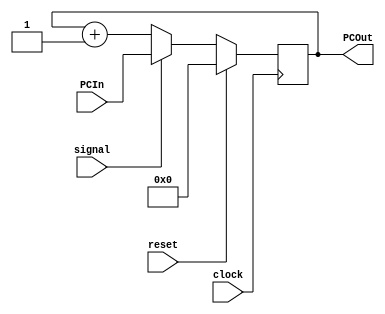
module ProgramCounter( PCIn, signal, clock, PCOut, reset);

input signal, clock, reset;
input [10:0]PCIn;
reg[10:0] PCValue;
output [10:0]PCOut;


initial begin
	PCValue = 11'b0;
end

always @ (posedge clock) begin
	if (signal == 1'b0) begin
		PCValue =PCValue + 1;
	end
	
	
	if(signal ==1'b1) begin
	PCValue =PCIn;
	end
	
	
	if(reset == 1'b1) begin
		PCValue =  11'b0;
	end
	
end

assign PCOut = PCValue;

endmodule